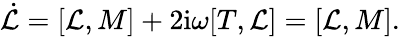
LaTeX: \dot{\cal L}=[{\cal L},M]+2\mathrm{i}{\omega}[T,{\cal L}]=[{\cal L},M].